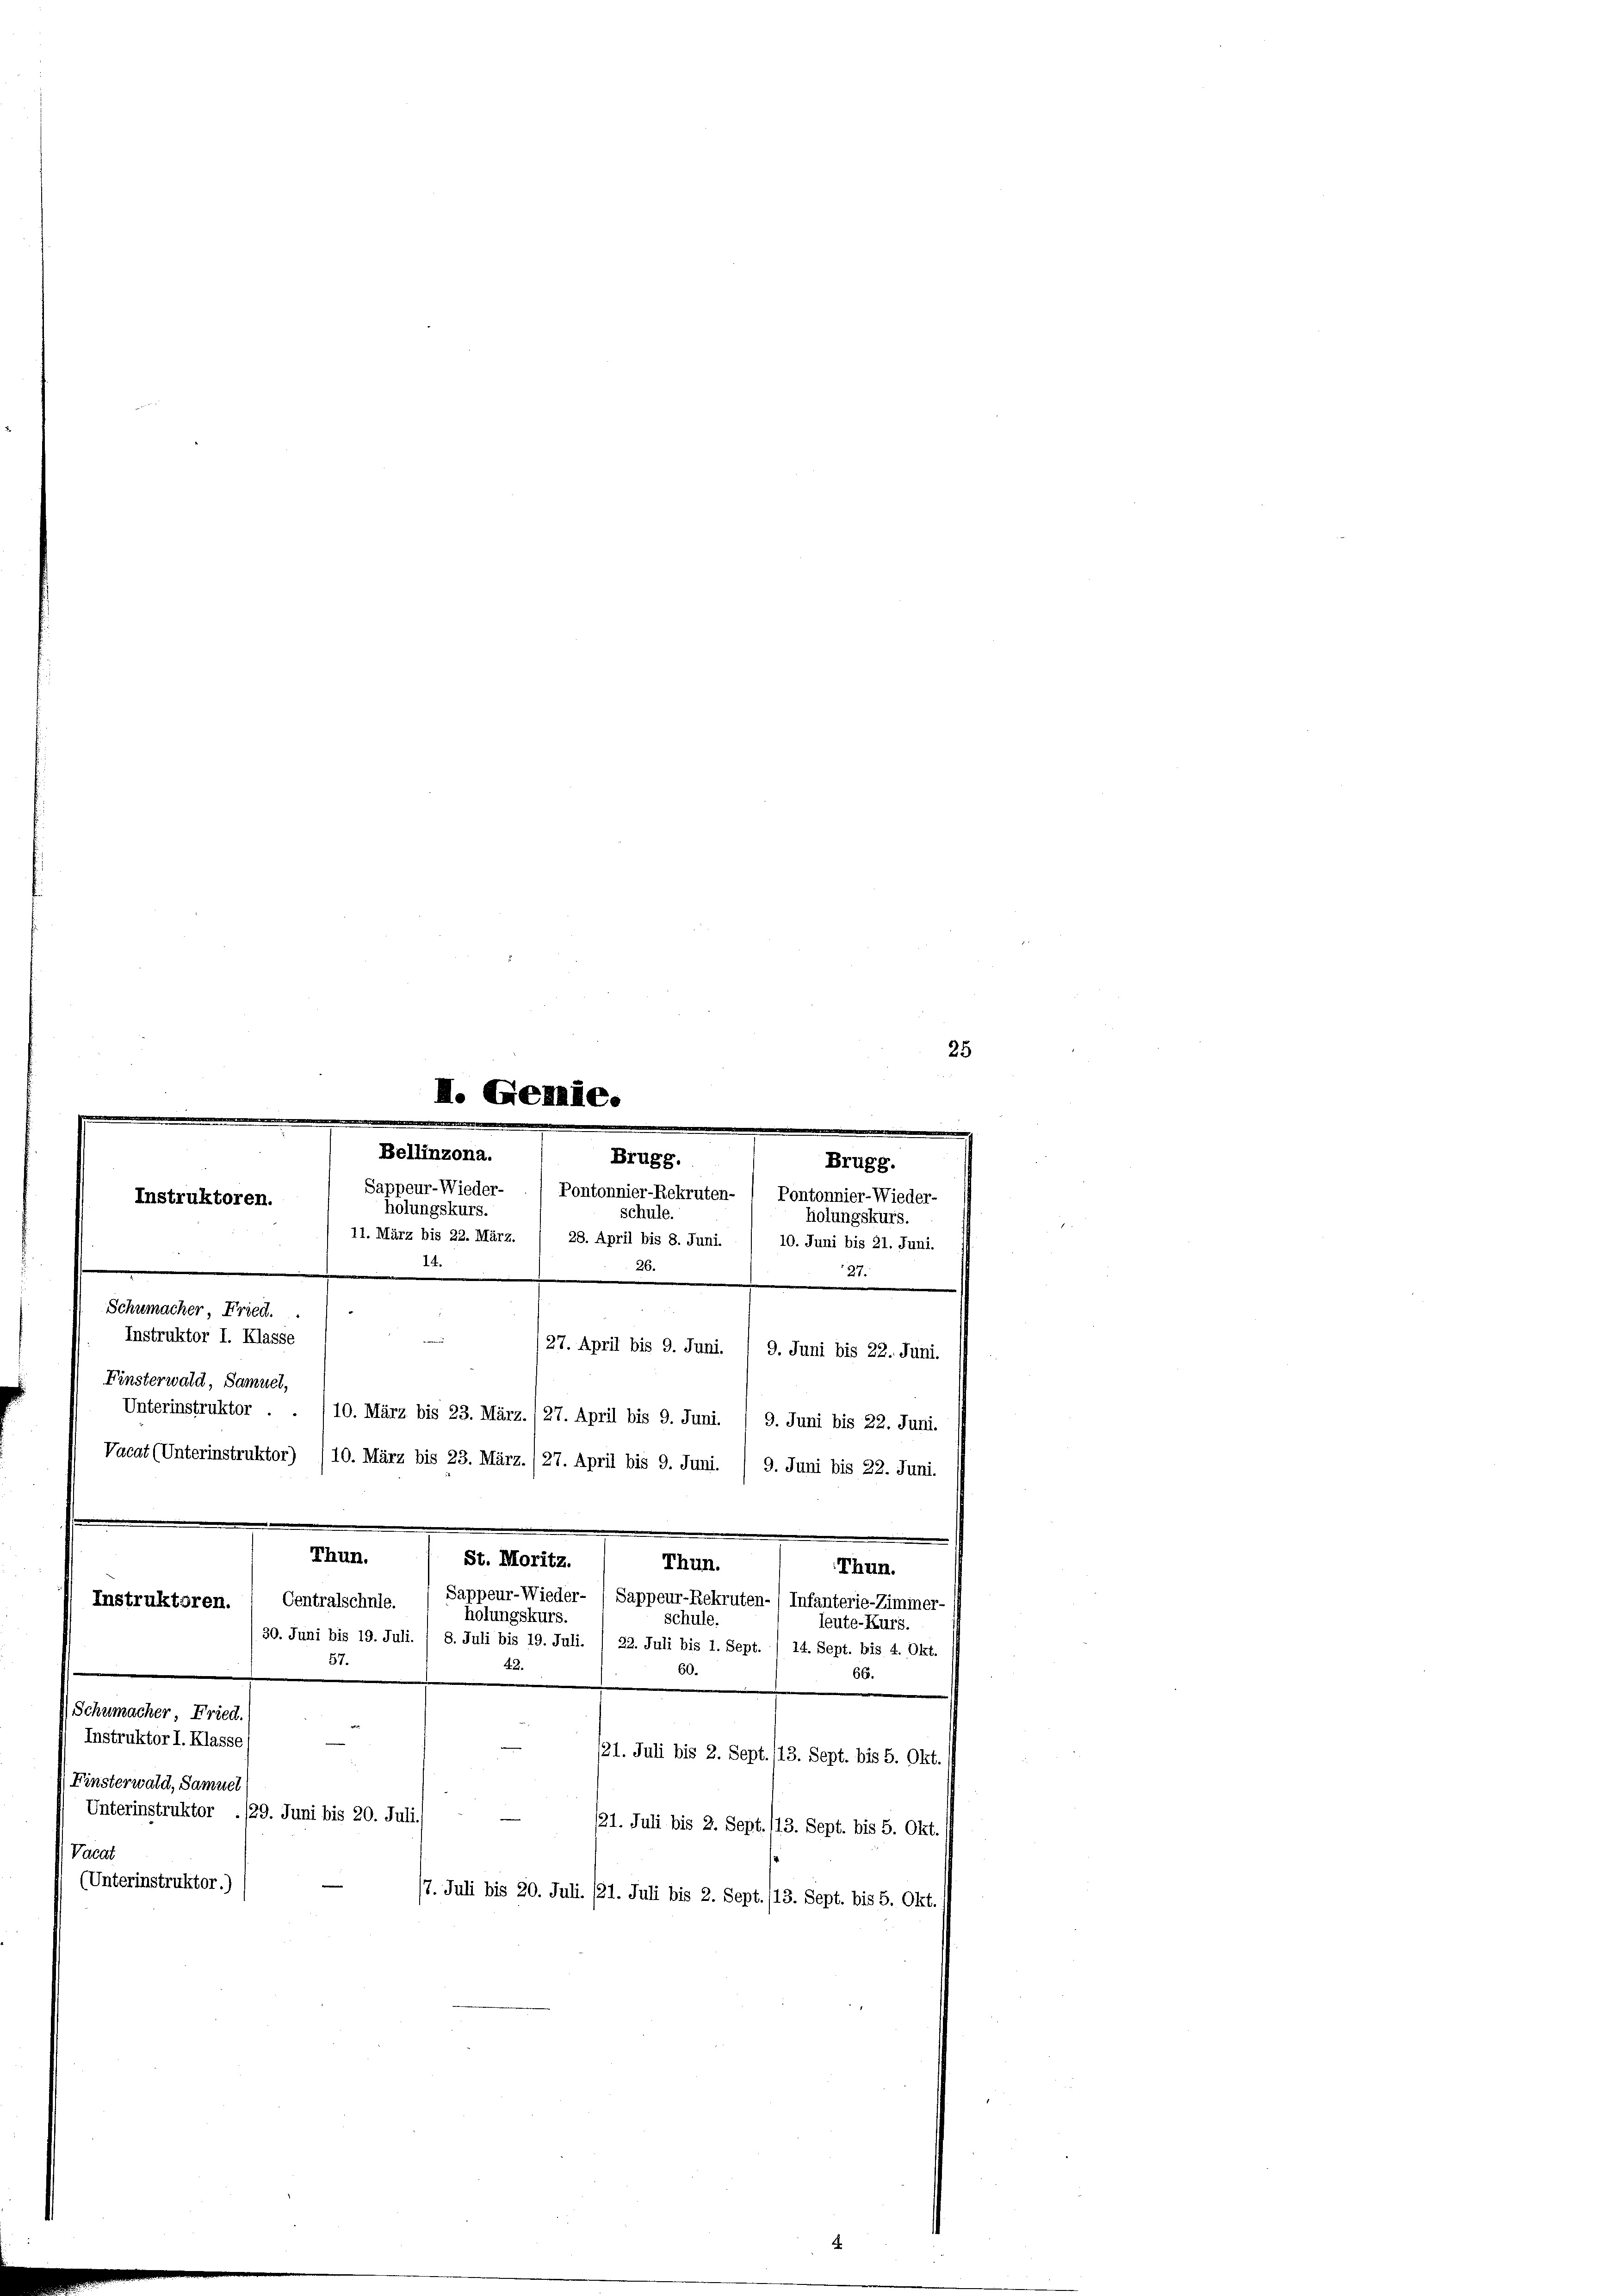
25

I. Gemie.
d
Bellinzona.
Brugg.
Brugg.
Sappeur-Wieder-
Pontonnier-Rekruten- / Pontonnier-Wieder-
Instruktoren.
hölungskurs.
a
schule.
n
w
holungskurs.
11. März bis 22. März. ( 28. April bis 8. Juni.
10. Juni bis 21. Juni.
26.
1.
27.
.
Schumacher, Fried.
Instruktor I. Klasse
(27. April bis 9. Juni

Finsterwald, Samuel,
Unterinstruktor . . /10. März bis 23. März. (27. April bis 9. Juni. / 9. Juni bis 22. Juni.
Vacat (Unterinstruktor) /10. März bis 23. März./27. April bis 9. Juni. / 9. Juni bis 22. Juni.
Thun. / St. Moritz.
Thun.
Thun.
Sappeur-Wieder- / Sappeur-Rekruten-/ Infanterie-Ziminer-
Instruktoren. / Centralschule.
holungskurs.
schule.
leute-Kurs.
30. Juni bis 19. Juli. / 8. Juli bis 19. Juli. / 22. Juli bis 1. Sept. / 14. Sept. bis 4. Okt.
57.
42.
66.
Schumacher, Fried.)
Instruktor I. Klasse
n
/21. Juli bis 2. Sept. (13. Sept. bis 5. Okt.
Finsterwald, Samuel
Unterinstruktor ./29. Juni bis 20. Juli.
/21. Juli bis 2. Sept./13. Sept. bis 5. Okt.
Valat
(Unterinstruktor.)
17. Juli bis 20. Juli. /21. Juli bis 2. Sept. (13. Sept. bis 5. Okt.

9. Juni bis 22. Juni.